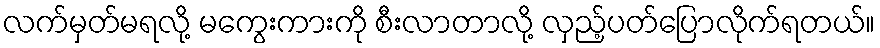
လက်မှတ်မရလို့ မကွေးကားကို စီးလာတာလို့ လှည့်ပတ်ပြောလိုက်ရတယ်။